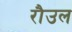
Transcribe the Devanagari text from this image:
रौउल